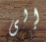
إلى